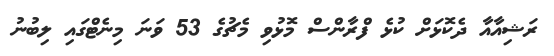
ރަޝިއާއާ ދެކޮޅަށް ކުޅެ ފްރާންސް މޮޅުވި މެޗުގެ 53 ވަނަ މިނެޓްގައި ލިބުނު